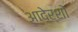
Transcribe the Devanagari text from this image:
आदेर्शों